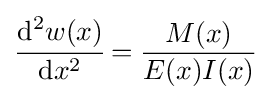
{\cfrac {\mathrm {d} ^{2}w(x)}{\mathrm {d} x^{2}}}={\frac {M(x)}{E(x)I(x)}}